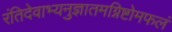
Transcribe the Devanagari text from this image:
रंतिदेवाभ्यनुज्ञातमग्निष्टोमफलं